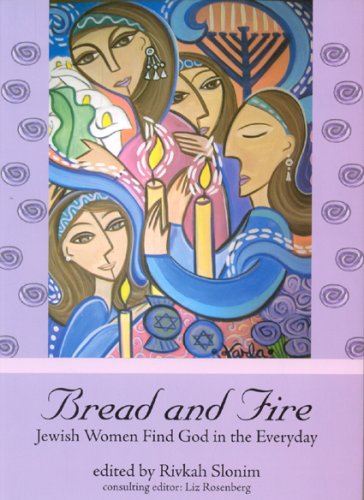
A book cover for Bread and Fire: Jewish Women Find God in the Everyday; Religion & Spirituality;